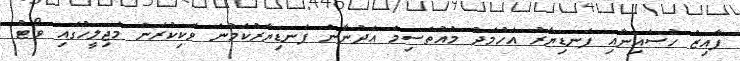
ފާއިޒު ހުސައިނާއި ފަނޑިޔާރު އަހުމަދު މުއުތަސިމް އަދުނާން ފަނޑިޔާރުކަމުން ވަކިކުރަން މަޖިލީހުގައި ވޯޓު